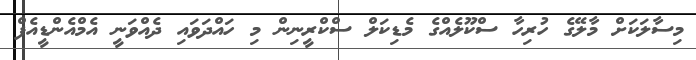
މިސާލަކަށް މާލޭގެ ހުރިހާ ސްކޫލެއްގެ މެޑިކަލް ސްކްރީނިން މި ހައްދަވައި ދެއްވަނީ އެމްއެންޑީއެފް